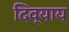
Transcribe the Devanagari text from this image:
दिव्याय